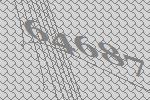
64687